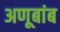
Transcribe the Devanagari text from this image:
अणूबांब